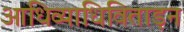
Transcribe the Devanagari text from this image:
आधिव्याधिविताड़न